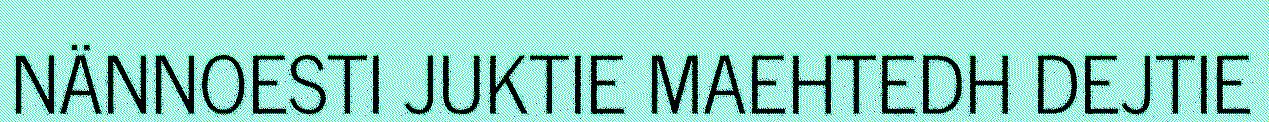
NÄNNOESTI JUKTIE MAEHTEDH DEJTIE